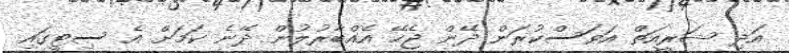
އަދި ޝަރީއަތް އަވަސްކުރަން ދޭން ޖެހޭ އެއްބާރުލުން ދޭނެ ކަމަށް އެ ސިޓީގައި